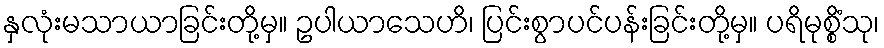
နှလုံးမသာယာခြင်းတို့မှ။ ဥပါယာသေဟိ၊ ပြင်းစွာပင်ပန်းခြင်းတို့မှ။ ပရိမုစ္စိံသု၊